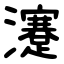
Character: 瀽